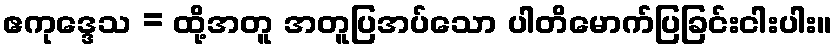
ဧကုဒ္ဒေသ = ထို့အတူ အတူပြအပ်သော ပါတိမောက်ပြခြင်းငါးပါး။